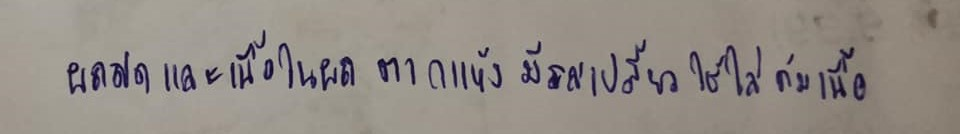
ผลสดและเนื้อในผลตากแห้งมีรสเปรี้ยวใช้ใส่ต้มเนื้อ